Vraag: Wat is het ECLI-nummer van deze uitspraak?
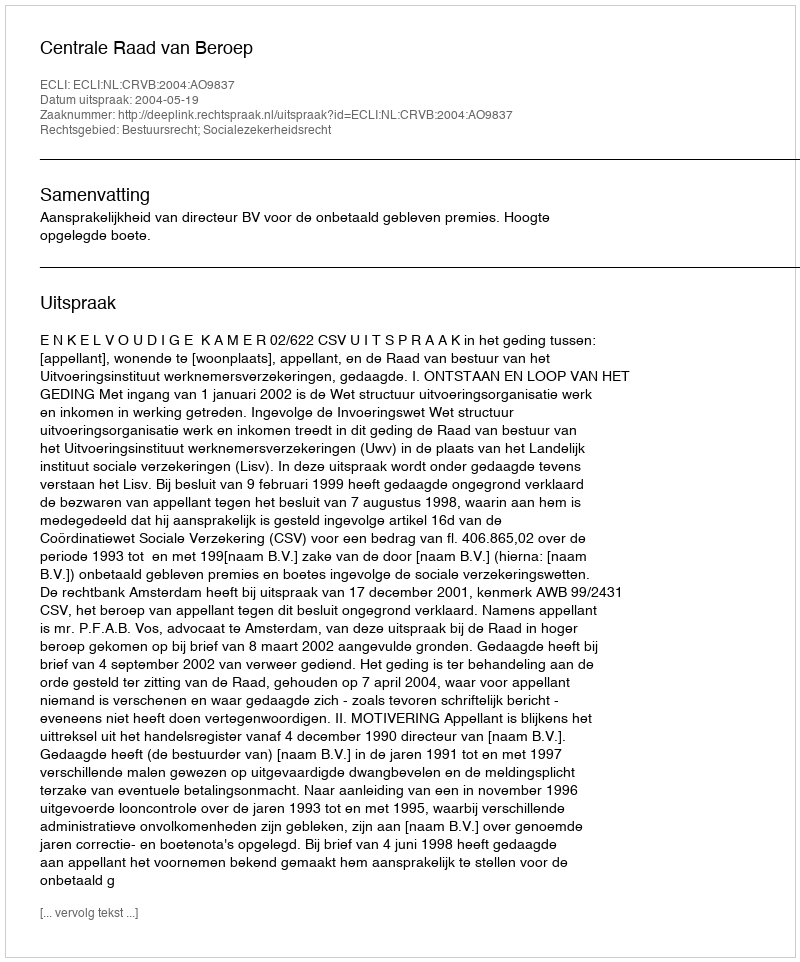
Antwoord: ECLI:NL:CRVB:2004:AO9837